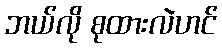
ဘယ်လို စုထားလဲဟင်